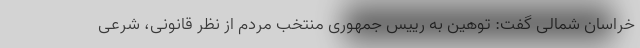
خراسان شمالی گفت: توهین به رییس جمهوری منتخب مردم از نظر قانونی، شرعی